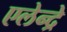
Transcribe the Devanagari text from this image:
एलेन्द्रे